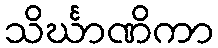
သိင်္ဃာဏိကာ